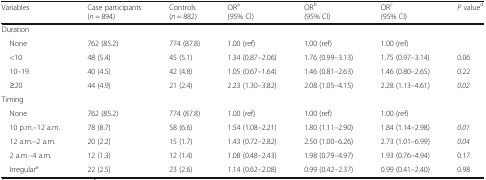
| Variables | Case participants(n = 894) | Controls(n = 882) | ORa(95% CI) | ORb(95% CI) | ORc(95% CI) | P valued |
 | --- | --- | --- | --- | --- | --- | --- |
 | <COLSPAN=7> Duration |
 | None | 762 (85.2) | 774 (87.8) | 1.00 (ref) | 1.00 (ref) | 1.00 (ref) |  |
 | <10 | 48 (5.4) | 45 (5.1) | 1.34 (0.87–2.06) | 1.76 (0.99–3.13) | 1.75 (0.97–3.14) | 0.06 |
 | 10–19 | 40 (4.5) | 42 (4.8) | 1.05 (0.67–1.64) | 1.46 (0.81–2.63) | 1.46 (0.80–2.65) | 0.22 |
 | ≥20 | 44 (4.9) | 21 (2.4) | 2.23 (1.30–3.82) | 2.08 (1.05–4.15) | 2.28 (1.13–4.61) | 0.02 |
 | <COLSPAN=7> Timing |
 | None | 762 (85.2) | 774 (87.8) | 1.00 (ref) | 1.00 (ref) | 1.00 (ref) |  |
 | 10 p.m.–12 a.m. | 78 (8.7) | 58 (6.6) | 1.54 (1.08–2.21) | 1.80 (1.11–2.90) | 1.84 (1.14–2.98) | 0.01 |
 | 12 a.m.–2 a.m. | 20 (2.2) | 15 (1.7) | 1.43 (0.72–2.82) | 2.50 (1.00–6.26) | 2.73 (1.01–6.99) | 0.04 |
 | 2 a.m.–4 a.m. | 12 (1.3) | 12 (1.4) | 1.08 (0.48–2.43) | 1.98 (0.79–4.97) | 1.93 (0.76–4.94) | 0.17 |
 | Irregulare | 22 (2.5) | 23 (2.6) | 1.14 (0.62–2.08) | 0.99 (0.42–2.37) | 0.99 (0.41–2.40) | 0.98 |